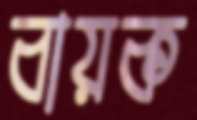
বায়ক